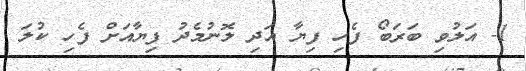
1- އަލުވި ބަރަބޯ ފެހި ފިޔާ އަދި ލޮނުމެދު ފިޔާއަށް ފެހި ކުލަ